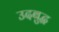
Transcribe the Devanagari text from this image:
उदबुद्ध